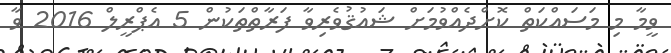
ވީމާ މި މަސައްކަތް ކޮށްދެއްވުމަށް ޝައުޤުވެރިވާ ފަރާތްތަކުން 5 އެޕްރީލް 2016 ވާ